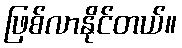
ဖြစ်လာနိုင်တယ်။